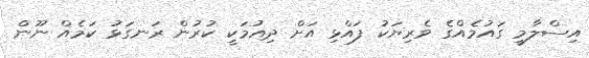
އިސްލާމީ ގައުމެއްގެ ވެރިޔަކު ފައްޅި އަށް ދިއުމަކީ ކުރުން ރަނގަޅު ކަމެއް ނޫން